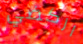
اركضي